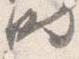
時